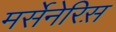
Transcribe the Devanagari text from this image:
मर्सेनेरिस़